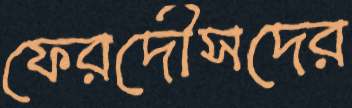
ফেরদৌসদের